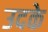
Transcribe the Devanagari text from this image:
उदके